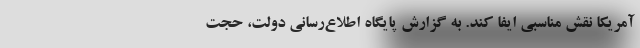
آمریکا نقش مناسبی ایفا کند. به گزارش پایگاه اطلاع‌رسانی دولت، حجت